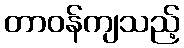
တာဝန်ကျသည့်